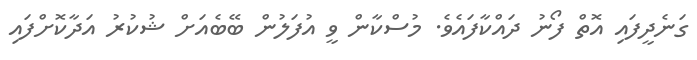
ގަނެދީފައި އޮތް ފޯނު ދައްކާފައެވެ. މުސްކާން ވީ އުފަލުން ބޭބެއަށް ޝުކުރު އަދާކޮށްފައި